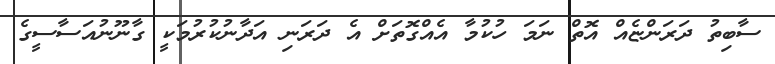
ސާބިތު ދަރަންޏެއް އޮތް ނަމަ ހުކުމާ އެއްގޮތަށް އެ ދަރަނި އަދާނުކުރުމަކީ ގާނޫނުއަސާސީގެ